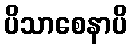
ပိသာစေနာပိ